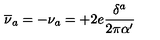
\overline { { \nu } } _ { a } = - \nu _ { a } = + 2 e \frac { \delta ^ { a } } { 2 \pi \alpha ^ { \prime } }